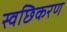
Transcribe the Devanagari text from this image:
स्वछिकरण